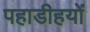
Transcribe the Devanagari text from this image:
पहाडीहयों